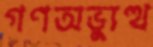
গণঅভ্যুত্থ